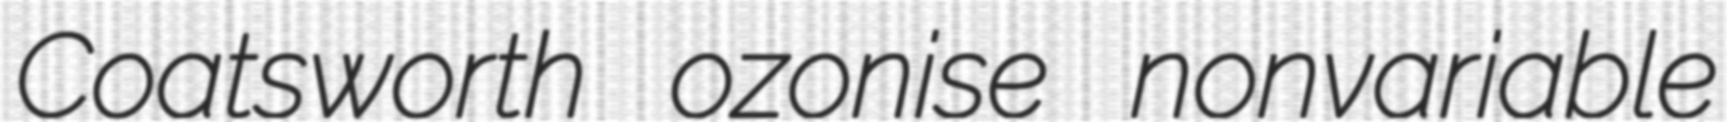
Coatsworth ozonise nonvariable